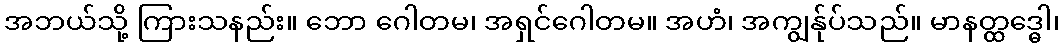
အဘယ်သို့ ကြားသနည်း။ ဘော ဂေါတမ၊ အရှင်ဂေါတမ။ အဟံ၊ အကျွန်ုပ်သည်။ မာနတ္ထဒ္ဓေါ၊